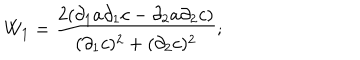
W _ { 1 } = \frac { 2 ( { \partial } _ { 1 } a \partial _ { 1 } c - \partial _ { 2 } a \partial _ { 2 } c ) } { ( { \partial } _ { 1 } c ) ^ { 2 } + ( { \partial } _ { 2 } c ) ^ { 2 } } ;